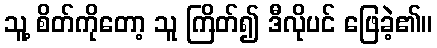
သူ့ စိတ်ကိုတော့ သူ ကြိတ်၍ ဒီလိုပင် ဖြေခဲ့၏။